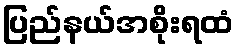
ပြည်နယ်အစိုးရထံ